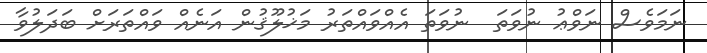
ނަމަވެސް ނަވްޢު ނުވަތަ  ނުވަތަ އެއްވައްތަރު މަޚުލޫޤުން އަނެއް ވައްތަރަށް ބަދަލުވާ